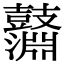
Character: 𪔱